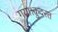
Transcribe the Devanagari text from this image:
गया।क़ुदरत